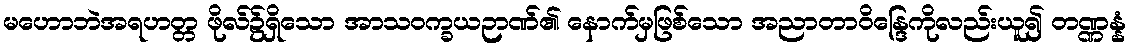
မဟောဘဲအရဟတ္တ ဖိုလ်၌ရှိသော အာသဝက္ခယဉာဏ်၏ နောက်မှဖြစ်သော အညာတာဝိန္ဒြေကိုလည်းယူ၍ တဏ္ဏန္နံ